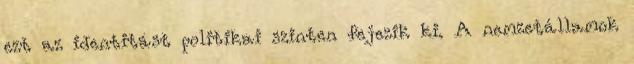
ezt az identitást politikai szinten fejezik ki. A nemzetállamok